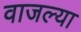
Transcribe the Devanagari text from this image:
वाजल्या